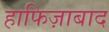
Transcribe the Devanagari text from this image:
हाफिज़ाबाद